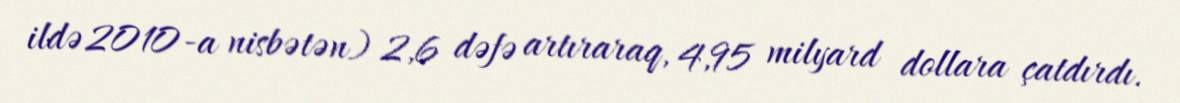
ildə2010-a nisbətən) 2,6 dəfə artıraraq, 4,95 milyard dollara çatdırdı.